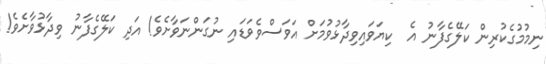
ނިމުމުގެކުރިން ކަލޭގެފާނު އެ  ކިޔަވައިވިދާޅުވުމަށް އަވަސްވެވަޑައި ނުގަންނަވާށެވެ! އަދި ކަލޭގެފާނު ވިދާޅުވާށެވެ!